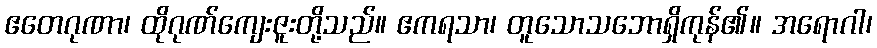
ဧတေဂုဏာ၊ ထိုဂုဏ်ကျေးဇူးတို့သည်။ ဧကရသာ၊ တူသောသဘောရှိကုန်၏။ အရောဂါ၊